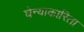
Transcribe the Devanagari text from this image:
घेन्याकारिता